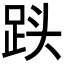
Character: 𮛓